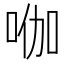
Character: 𭇿